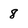
Character: 8